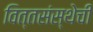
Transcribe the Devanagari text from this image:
वित्तसंस्थेची